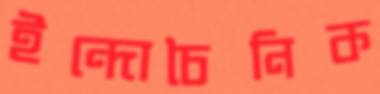
ইন্দোচৈনিক